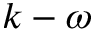
k - \omega